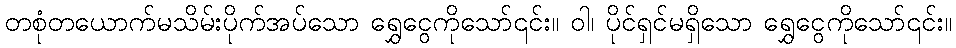
တစုံတယောက်မသိမ်းပိုက်အပ်သော ရွှေငွေကိုသော်၎င်း။ ဝါ၊ ပိုင်ရှင်မရှိသော ရွှေငွေကိုသော်၎င်း။